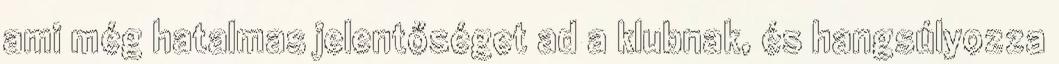
ami még hatalmas jelentőséget ad a klubnak, és hangsúlyozza